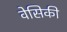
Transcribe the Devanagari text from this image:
वेसिकी